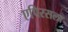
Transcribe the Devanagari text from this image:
एपिरसला